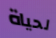
لحياة